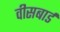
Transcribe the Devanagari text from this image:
वीसबार्ड